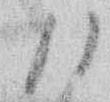
け